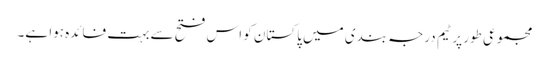
مجموعی طور پر ٹیم درجہ بندی میں پاکستان کو اس فتح سے بہت فائدہ ہوا ہے۔